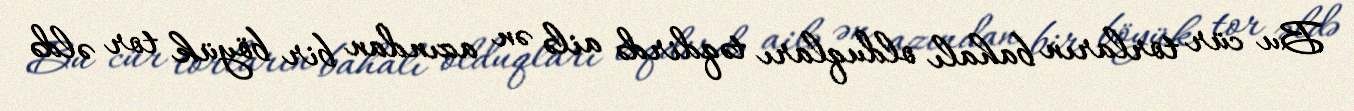
Bu cür torların bahalı olduqları təqdirdə ailə ən azından bir böyük tor əldə